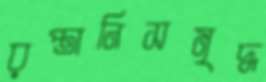
রপ্তানিসমৃদ্ধ